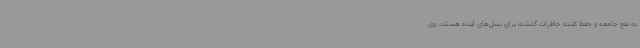
به نفع جامعه و حفظ کننده خاطرات گذشته برای نسل‌های آینده هستند. وی